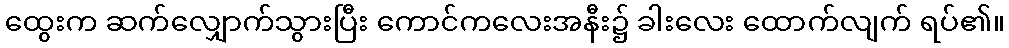
ထွေးက ဆက်လျှောက်သွားပြီး ကောင်ကလေးအနီး၌ ခါးလေး ထောက်လျက် ရပ်၏။